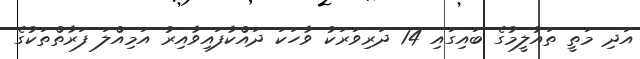
އަދި މަތީ ތައުލީމުގެ ބައިގައި 14 ދަރިވަރަކު ވާހަކަ ދައްކާފައިވާއިރު އަމިއްލަ ފަރާތްތަކުގެ